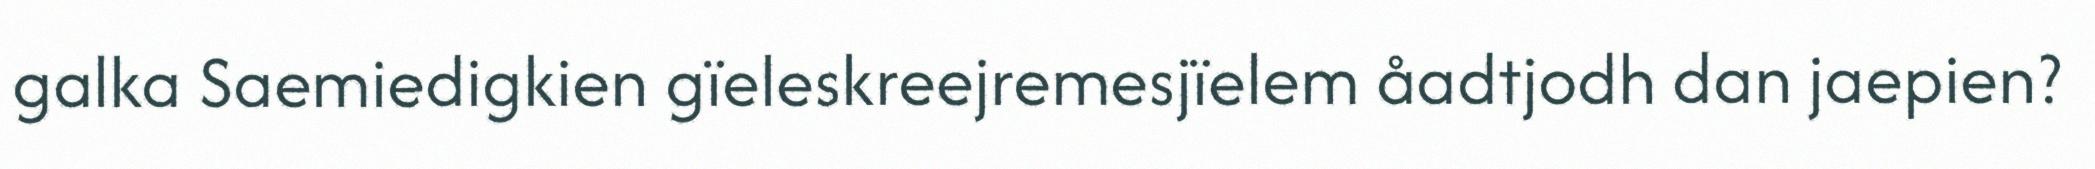
galka Saemiedigkien gïeleskreejremesjïelem åadtjodh dan jaepien?